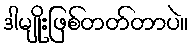
ဒါမျိုးဖြစ်တတ်တာပဲ။